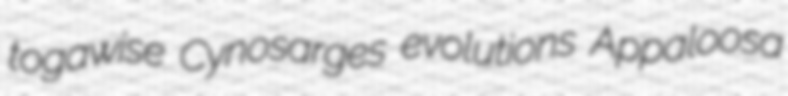
togawise Cynosarges evolutions Appaloosa